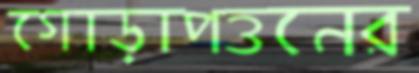
গোড়াপত্তনের